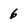
Character: 6